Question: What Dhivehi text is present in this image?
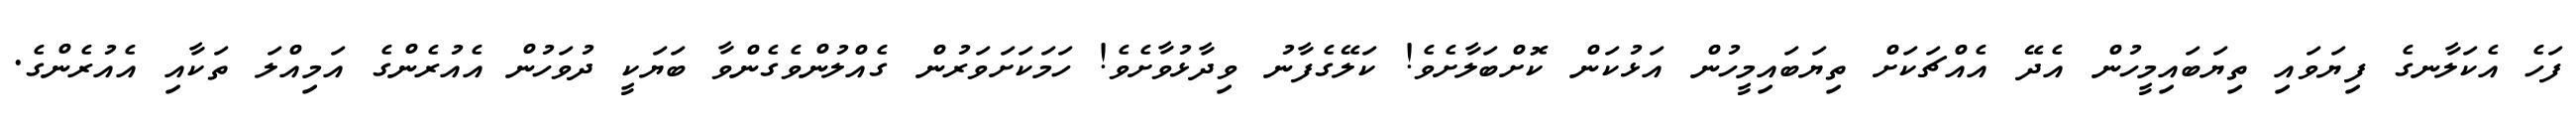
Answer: ފަހެ އެކަލާނގެ ފިޔަވައި ތިޔަބައިމީހުން އެދޭ އެއްޗަކަށް ތިޔަބައިމީހުން އަޅުކަން ކޮށްބަލާށެވެ! ކަލޭގެފާނު ވިދާޅުވާށެވެ! ހަމަކަށަވަރުން ގެއްލުންވެގެންވާ ބަޔަކީ ދުވަހުން އެއުރެންގެ އަމިއްލަ ތަކާއި އެއުރެންގެ.